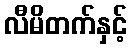
လီမိတက်နှင့်